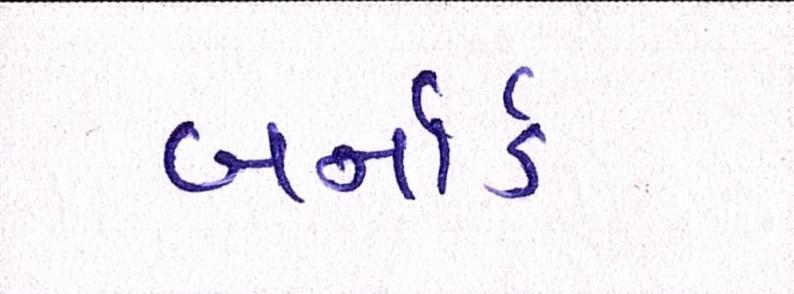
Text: બર્નાર્ડ